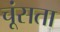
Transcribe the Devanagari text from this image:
चूंसता